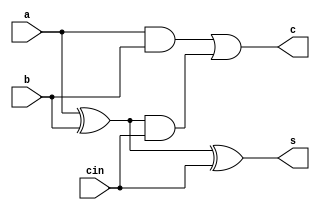
module full(a,b,cin,s,c);
input a,b,cin;
output s,c;
wire su,c1,c2;
assign su=a^b;
assign c1=a&b;
assign s= su^cin;
assign c2= su&cin;

assign c=c1|c2;
endmodule